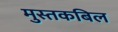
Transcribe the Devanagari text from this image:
मुस्तकबिल